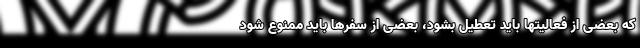
که بعضی از فعالیتها باید تعطیل بشود، بعضی از سفرها باید ممنوع شود